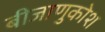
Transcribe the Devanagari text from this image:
बीजाणुकोश